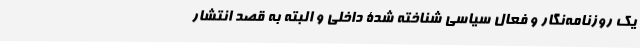
یک روزنامه‌نگار و فعال سیاسی شناخته شدۀ داخلی و البته به قصد انتشار